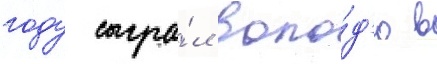
году сыгра́л воло́д'ю в